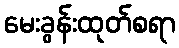
မေးခွန်းထုတ်စရာ